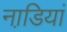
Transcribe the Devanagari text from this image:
नाडि़यां